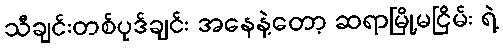
သီချင်းတစ်ပုဒ်ချင်း အနေနဲ့တော့ ဆရာမြို့မငြိမ်း ရဲ့